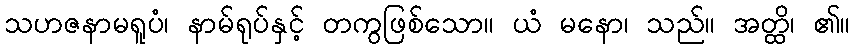
သဟဇနာမရူပံ၊ နာမ်ရုပ်နှင့် တကွဖြစ်သော။ ယံ မနော၊ သည်။ အတ္ထိ၊ ၏။